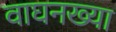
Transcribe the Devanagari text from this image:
वाघनख्या